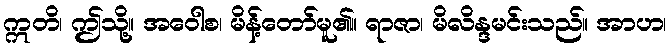
ဣတိ၊ ဤသို့။ အဝေါစ၊ မိန့်တော်မူ၏။ ရာဇာ၊ မိလိန္ဒမင်းသည်။ အာဟ၊